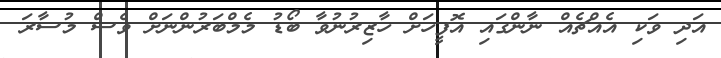
އަދި ވަކި އެއްޗެއް ނާންގައި އޮފީހަށް ހާޒިރުނުވާ ބޯޑު މެމްބަރުންނަށް ވެސް މުސާރަ